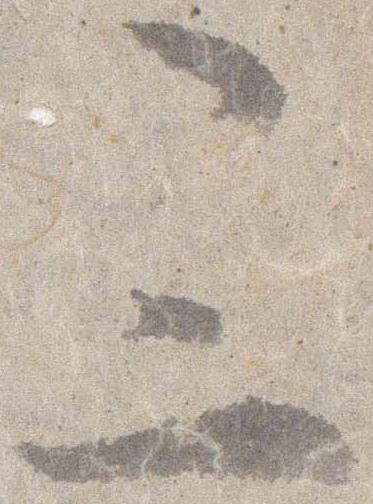
三